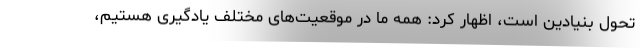
تحول بنیادین است، اظهار کرد: همه ما در موقعیت‌های مختلف یادگیری هستیم،